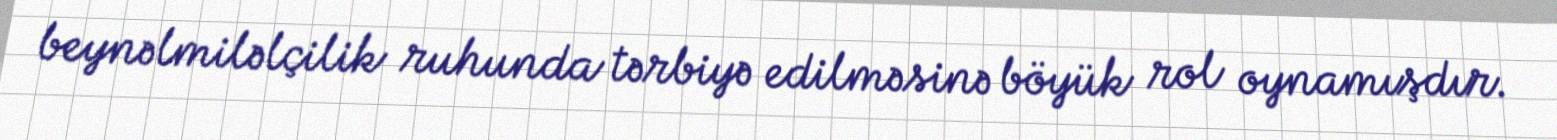
beynəlmiləlçilik ruhunda tərbiyə edilməsinə böyük rol oynamışdır.